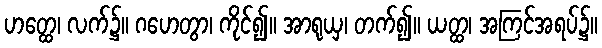
ဟတ္ထေ၊ လက်၌။ ဂဟေတွာ၊ ကိုင်၍။ အာရုယှ၊ တက်၍။ ယတ္ထ၊ အကြင်အရပ်၌။